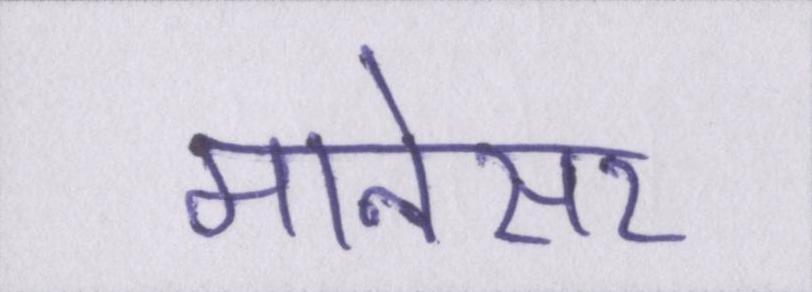
मानेसर